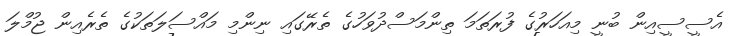
އެސީސީއިން ބުނީ މިއަހަރުގެ ފުރަތަމަ ތިންމަސްދުވަހުގެ ތެރޭގައި ނިންމި މައްސަލަތަކުގެ ތެރެއިން ޖުމްލަ